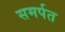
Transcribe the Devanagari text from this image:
समर्पत